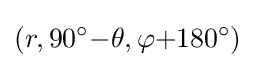
(r,90^{\circ }{-}\theta ,\varphi {+}180^{\circ })